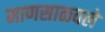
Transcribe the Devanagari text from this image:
माणसाळवले